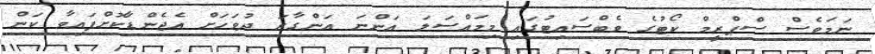
ނަމަވެސް ސްޕްރީމް ކޯޓުގެ ވެބްސައިޓުގައި މިމައްސަލަ އަންނަ އަންގާރަ ދުވަހަށް އެޖެންޑާކޮށްފައިވާ ކަން